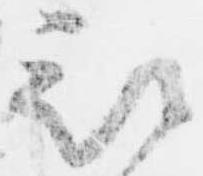
被